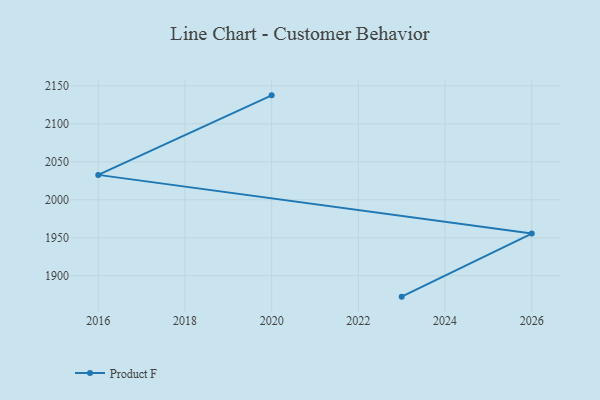
{"axis": {"x": "Year", "y": "Latency (ms)"}, "legend": ["Product F"], "data": [{"x": "2023", "y": 1872.5, "type": "Product F"}, {"x": "2026", "y": 1955.6, "type": "Product F"}, {"x": "2016", "y": 2032.8, "type": "Product F"}, {"x": "2020", "y": 2137.5, "type": "Product F"}]}